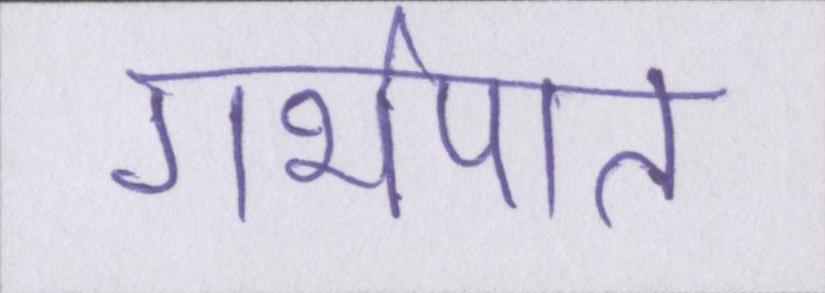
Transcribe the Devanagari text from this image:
गर्भपात